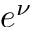
e ^ { \nu }